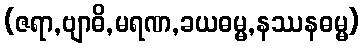
(ဇရာ,ဗျာဓိ,မရဏ,ခယဓမ္မ,နဿနဓမ္မ)